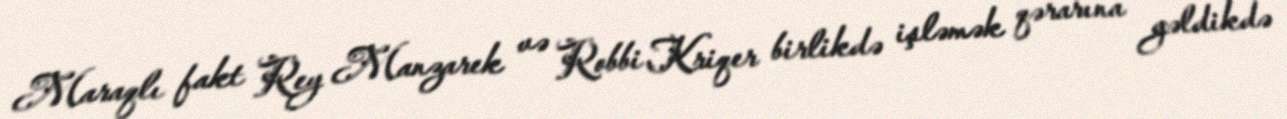
Maraqlı fakt Rey Manzarek və Robbi Kriqer birlikdə işləmək qərarına gəldikdə